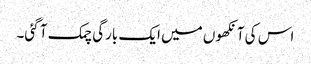
اس کی آنکھوں میں ایک بارگی چمک آ گئی۔